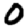
Digit: 0